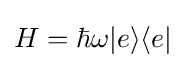
H=\hbar \omega {|{e}\rangle \langle {e}|}